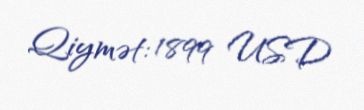
Qiymət: 1899 USD